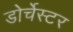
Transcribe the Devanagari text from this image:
डोर्चेस्टर